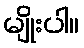
မျိုးပါ။